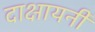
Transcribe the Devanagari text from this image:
दाक्षायनी